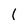
Character: 1